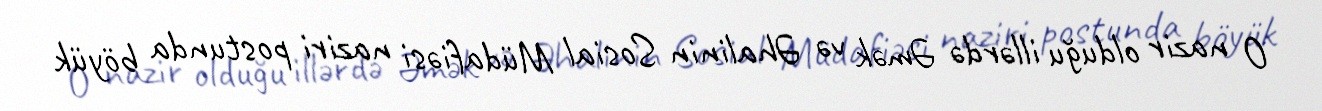
O nazir olduğu illərdə Əmək və Əhalinin Sosial Müdafiəsi naziri postunda böyük